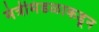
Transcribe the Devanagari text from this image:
मंत्रीमंडळाकडून